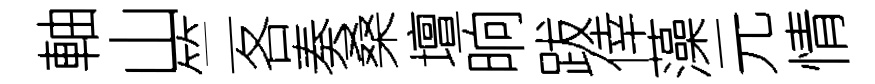
軸山竺各奏桑壇晌跋倖藻元情